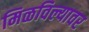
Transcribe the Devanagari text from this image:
मिळविल्यावर